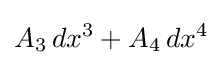
A_{3}\,dx^{3}+A_{4}\,dx^{4}